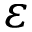
\varepsilon